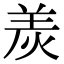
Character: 𤈩